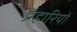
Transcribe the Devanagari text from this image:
प्रहारियों